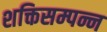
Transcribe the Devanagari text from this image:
शक्तिसम्पन्न